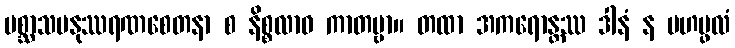
ပစ္ဆာသမနုဿရဏစေတနာ စ နိစ္စလာဝ ကာတဗ္ဗာ။ တထာ အကရောန္တဿ ဒါနံ န မဟပ္ဖလံ